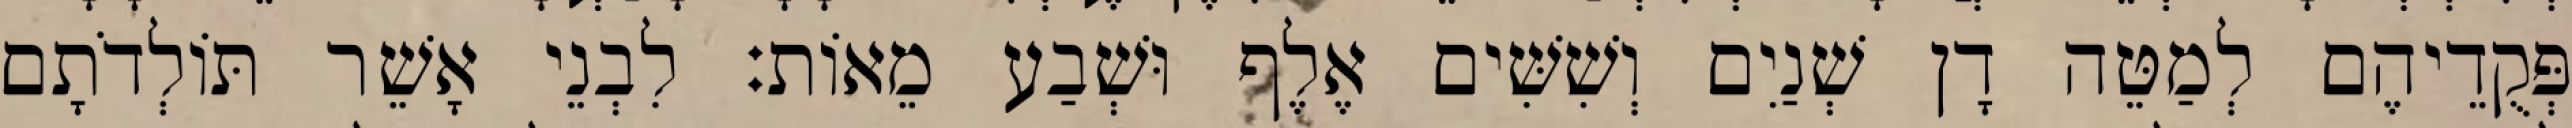
פְּקֻדֵיהֶם לְמַטֵּה דָן שְׁנַיִם וְשִׁשִּׁים אֶלֶף וּשְׁבַע מֵאוֹת׃ לִבְנֵי אָשֵׁר תּוֹלְדֹתָם